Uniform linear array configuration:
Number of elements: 24
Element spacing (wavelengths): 0.75
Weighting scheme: cosine
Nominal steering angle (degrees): -30
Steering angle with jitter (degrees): -31.39
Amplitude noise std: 0.05
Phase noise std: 0.05

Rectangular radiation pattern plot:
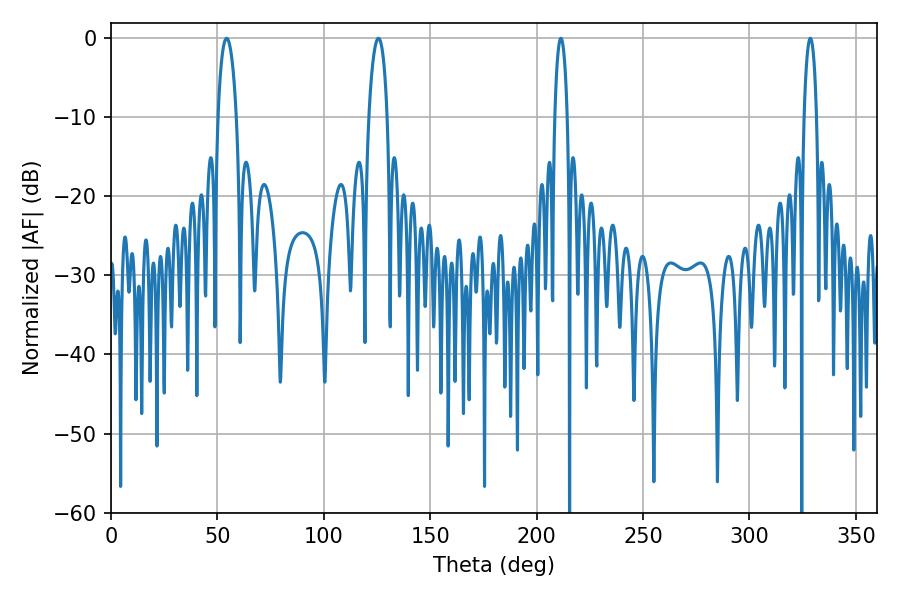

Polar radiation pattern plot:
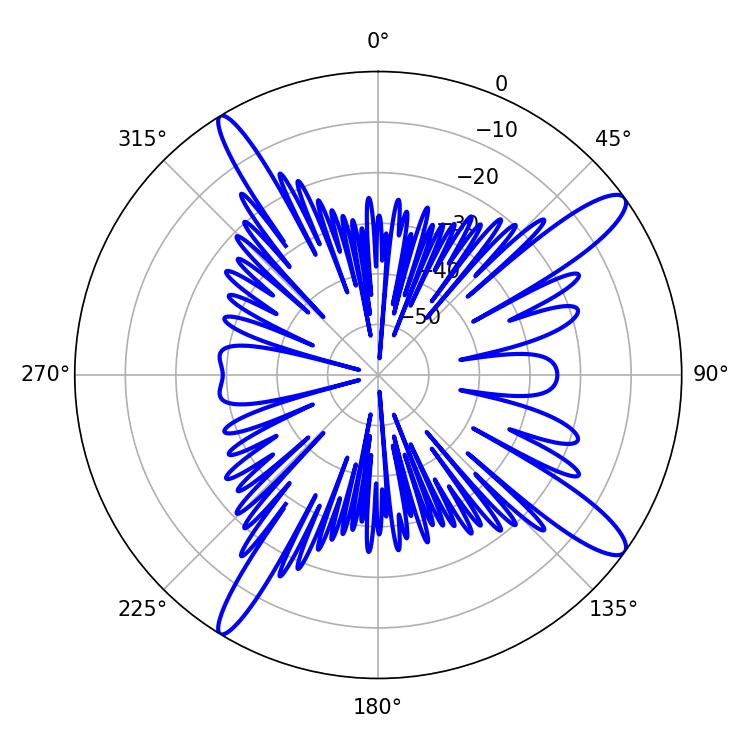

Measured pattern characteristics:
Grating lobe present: TRUE
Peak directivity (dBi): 13.579
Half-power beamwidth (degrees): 4.86
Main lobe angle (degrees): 125.64